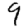
Digit: 9